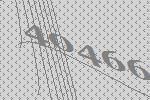
40466